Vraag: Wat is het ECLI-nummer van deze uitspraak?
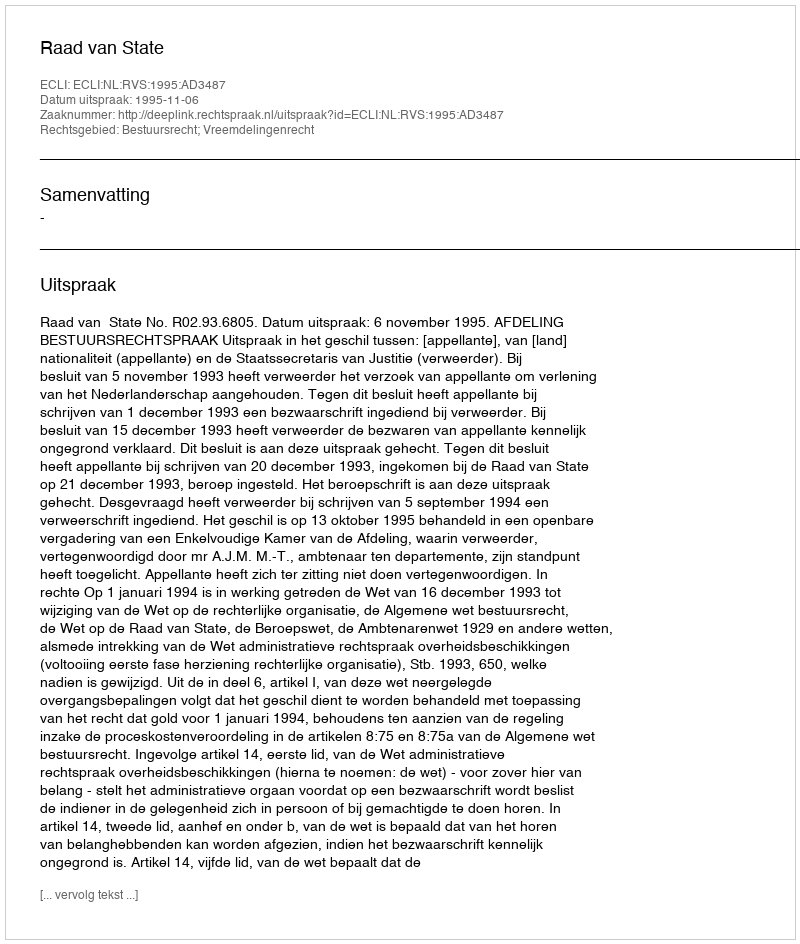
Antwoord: ECLI:NL:RVS:1995:AD3487